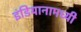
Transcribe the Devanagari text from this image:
इंडियानामध्यी